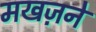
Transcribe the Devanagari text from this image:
मखज़ने